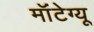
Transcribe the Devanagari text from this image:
मॉंटेग्यू